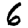
Digit: 6